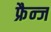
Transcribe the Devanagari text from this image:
फ्रैन्ज